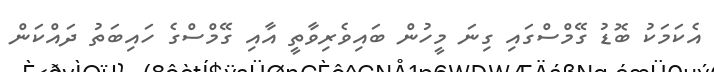
އެކަމަކު ބޮޑު ގޭމްސްގައި ގިނަ މީހުން ބައިވެރިވާތީ އާއި ގޭމްސްގެ ހައިބަތު ދައްކަން